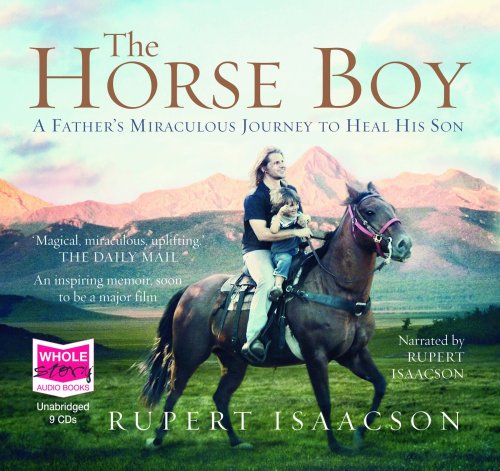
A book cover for The Horse Boy; Rupert Isaacson; Travel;